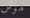
موس